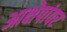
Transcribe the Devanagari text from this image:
आक्षेपांवर